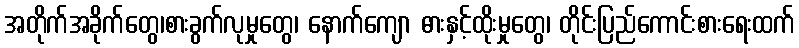
အတိုက်အခိုက်တွေ၊စားခွက်လုမှုတွေ၊ နောက်ကျော ဓားနှင့်ထိုးမှုတွေ၊ တိုင်းပြည်ကောင်းစားရေးထက်